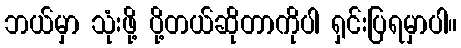
ဘယ်မှာ သုံးဖို့ ပို့တယ်ဆိုတာကိုပါ ရှင်းပြရမှာပါ။